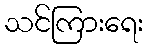
သင်ကြားရေး